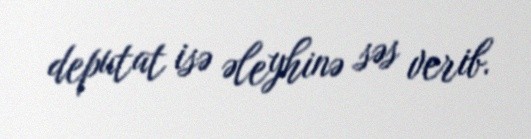
deputat isə əleyhinə səs verib.